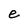
Character: e